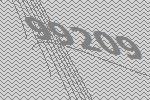
99209